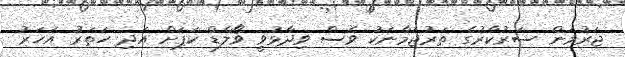
ޖަރުމަން ސަރުކާރުގެ ތަރުޖަމާނަކު ވެސް ވިދާޅުވީ ވޯލްޑް ކަޕަށް އަދި ހަތަރު އަހަރު